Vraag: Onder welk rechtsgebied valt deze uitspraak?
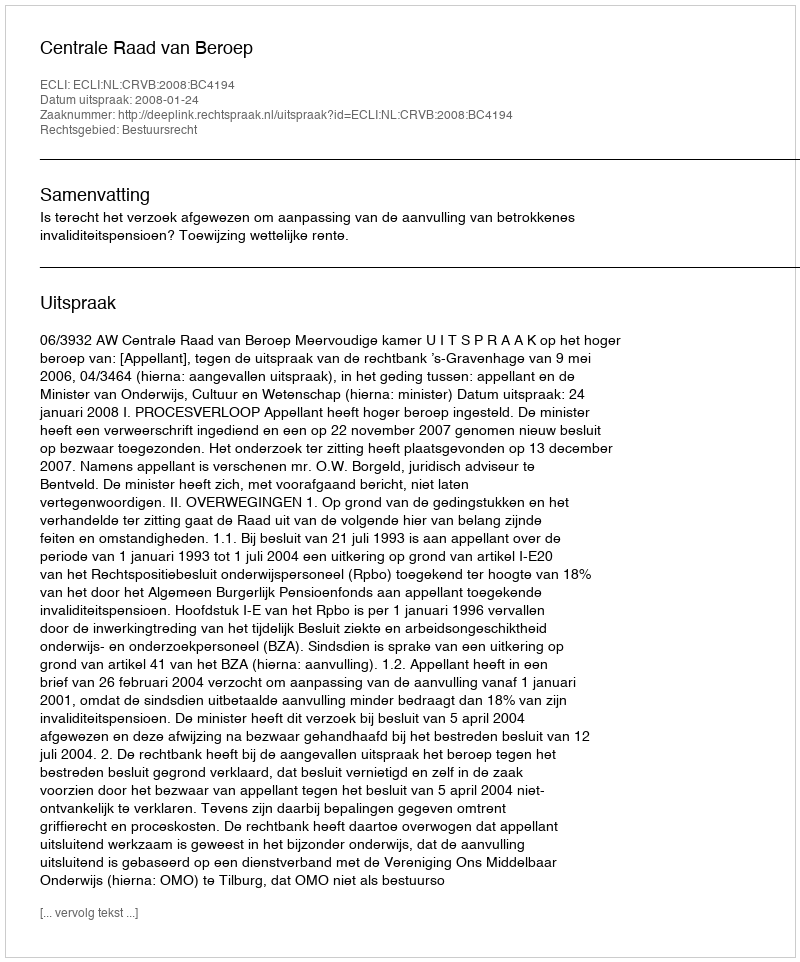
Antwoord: Bestuursrecht